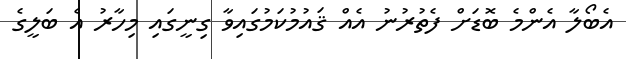
އެބޯލާ އެންމެ ބޮޑަށް ފެތުރުނު އެއް ޤައުމުކަމުގައިވާ ގިނީގައި މިހާރު އެ ބަލީގެ